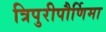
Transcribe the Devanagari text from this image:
त्रिपुरीपौर्णिमा